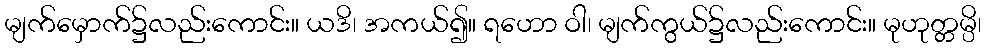
မျက်မှောက်၌လည်းကောင်း။ ယဒိ၊ အကယ်၍။ ရဟော ဝါ၊ မျက်ကွယ်၌လည်းကောင်း။ မုဟုတ္တမ္ပိ၊